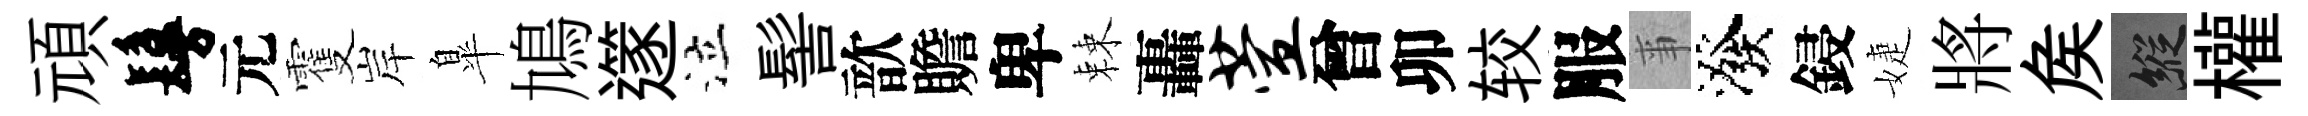
頑鬘元䨥岸臯鳩𨗹泣髻歆贍卑棘轟萱曾卯较服亊潑鋟婕將矦縱權